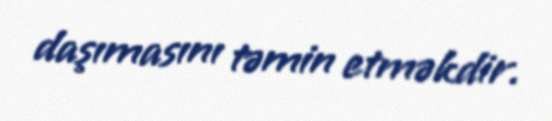
daşımasını təmin etməkdir.